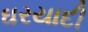
ઘરયાદી